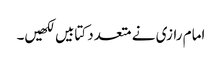
امام رازی نے متعدد کتابیں لکھیں۔